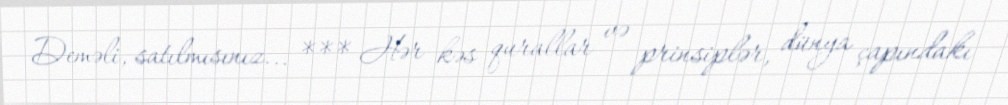
Deməli, satılmısınız... *** Hər kəs qurallar və prinsiplər, dünya çapındakı